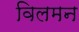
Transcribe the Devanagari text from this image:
विलमन